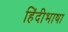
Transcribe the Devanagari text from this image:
हिंदीभाषा